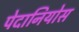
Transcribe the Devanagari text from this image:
पेदानियोस